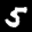
Label: 5